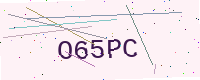
Text: O65PC